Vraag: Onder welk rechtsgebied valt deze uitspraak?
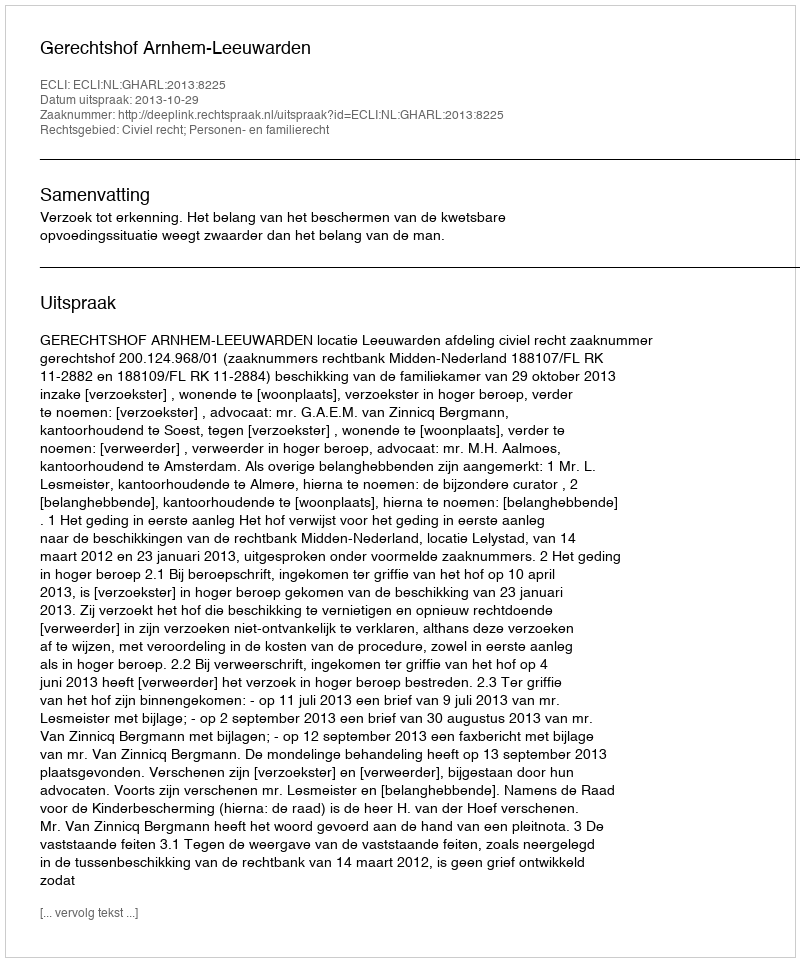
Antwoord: Civiel recht; Personen- en familierecht